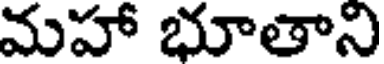
మహా భూతాని